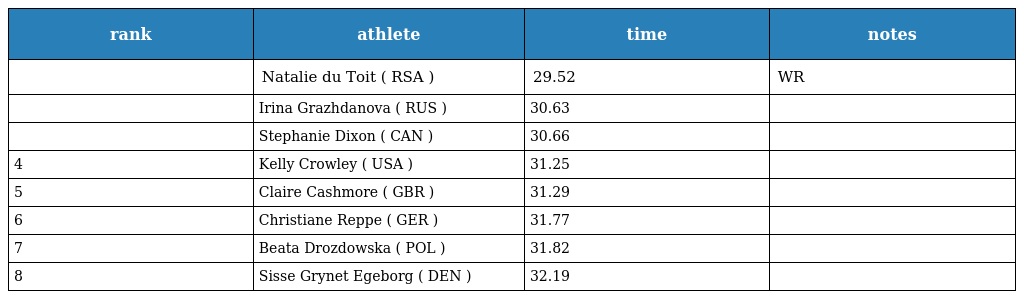
| rank | athlete | time | notes |
 | --- | --- | --- | --- |
 |  | Natalie du Toit ( RSA ) | 29.52 | WR |
 |  | Irina Grazhdanova ( RUS ) | 30.63 |  |
 |  | Stephanie Dixon ( CAN ) | 30.66 |  |
 | 4 | Kelly Crowley ( USA ) | 31.25 |  |
 | 5 | Claire Cashmore ( GBR ) | 31.29 |  |
 | 6 | Christiane Reppe ( GER ) | 31.77 |  |
 | 7 | Beata Drozdowska ( POL ) | 31.82 |  |
 | 8 | Sisse Grynet Egeborg ( DEN ) | 32.19 |  |